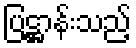
ပြဋ္ဌာန်းသည့်